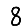
Digit: 8